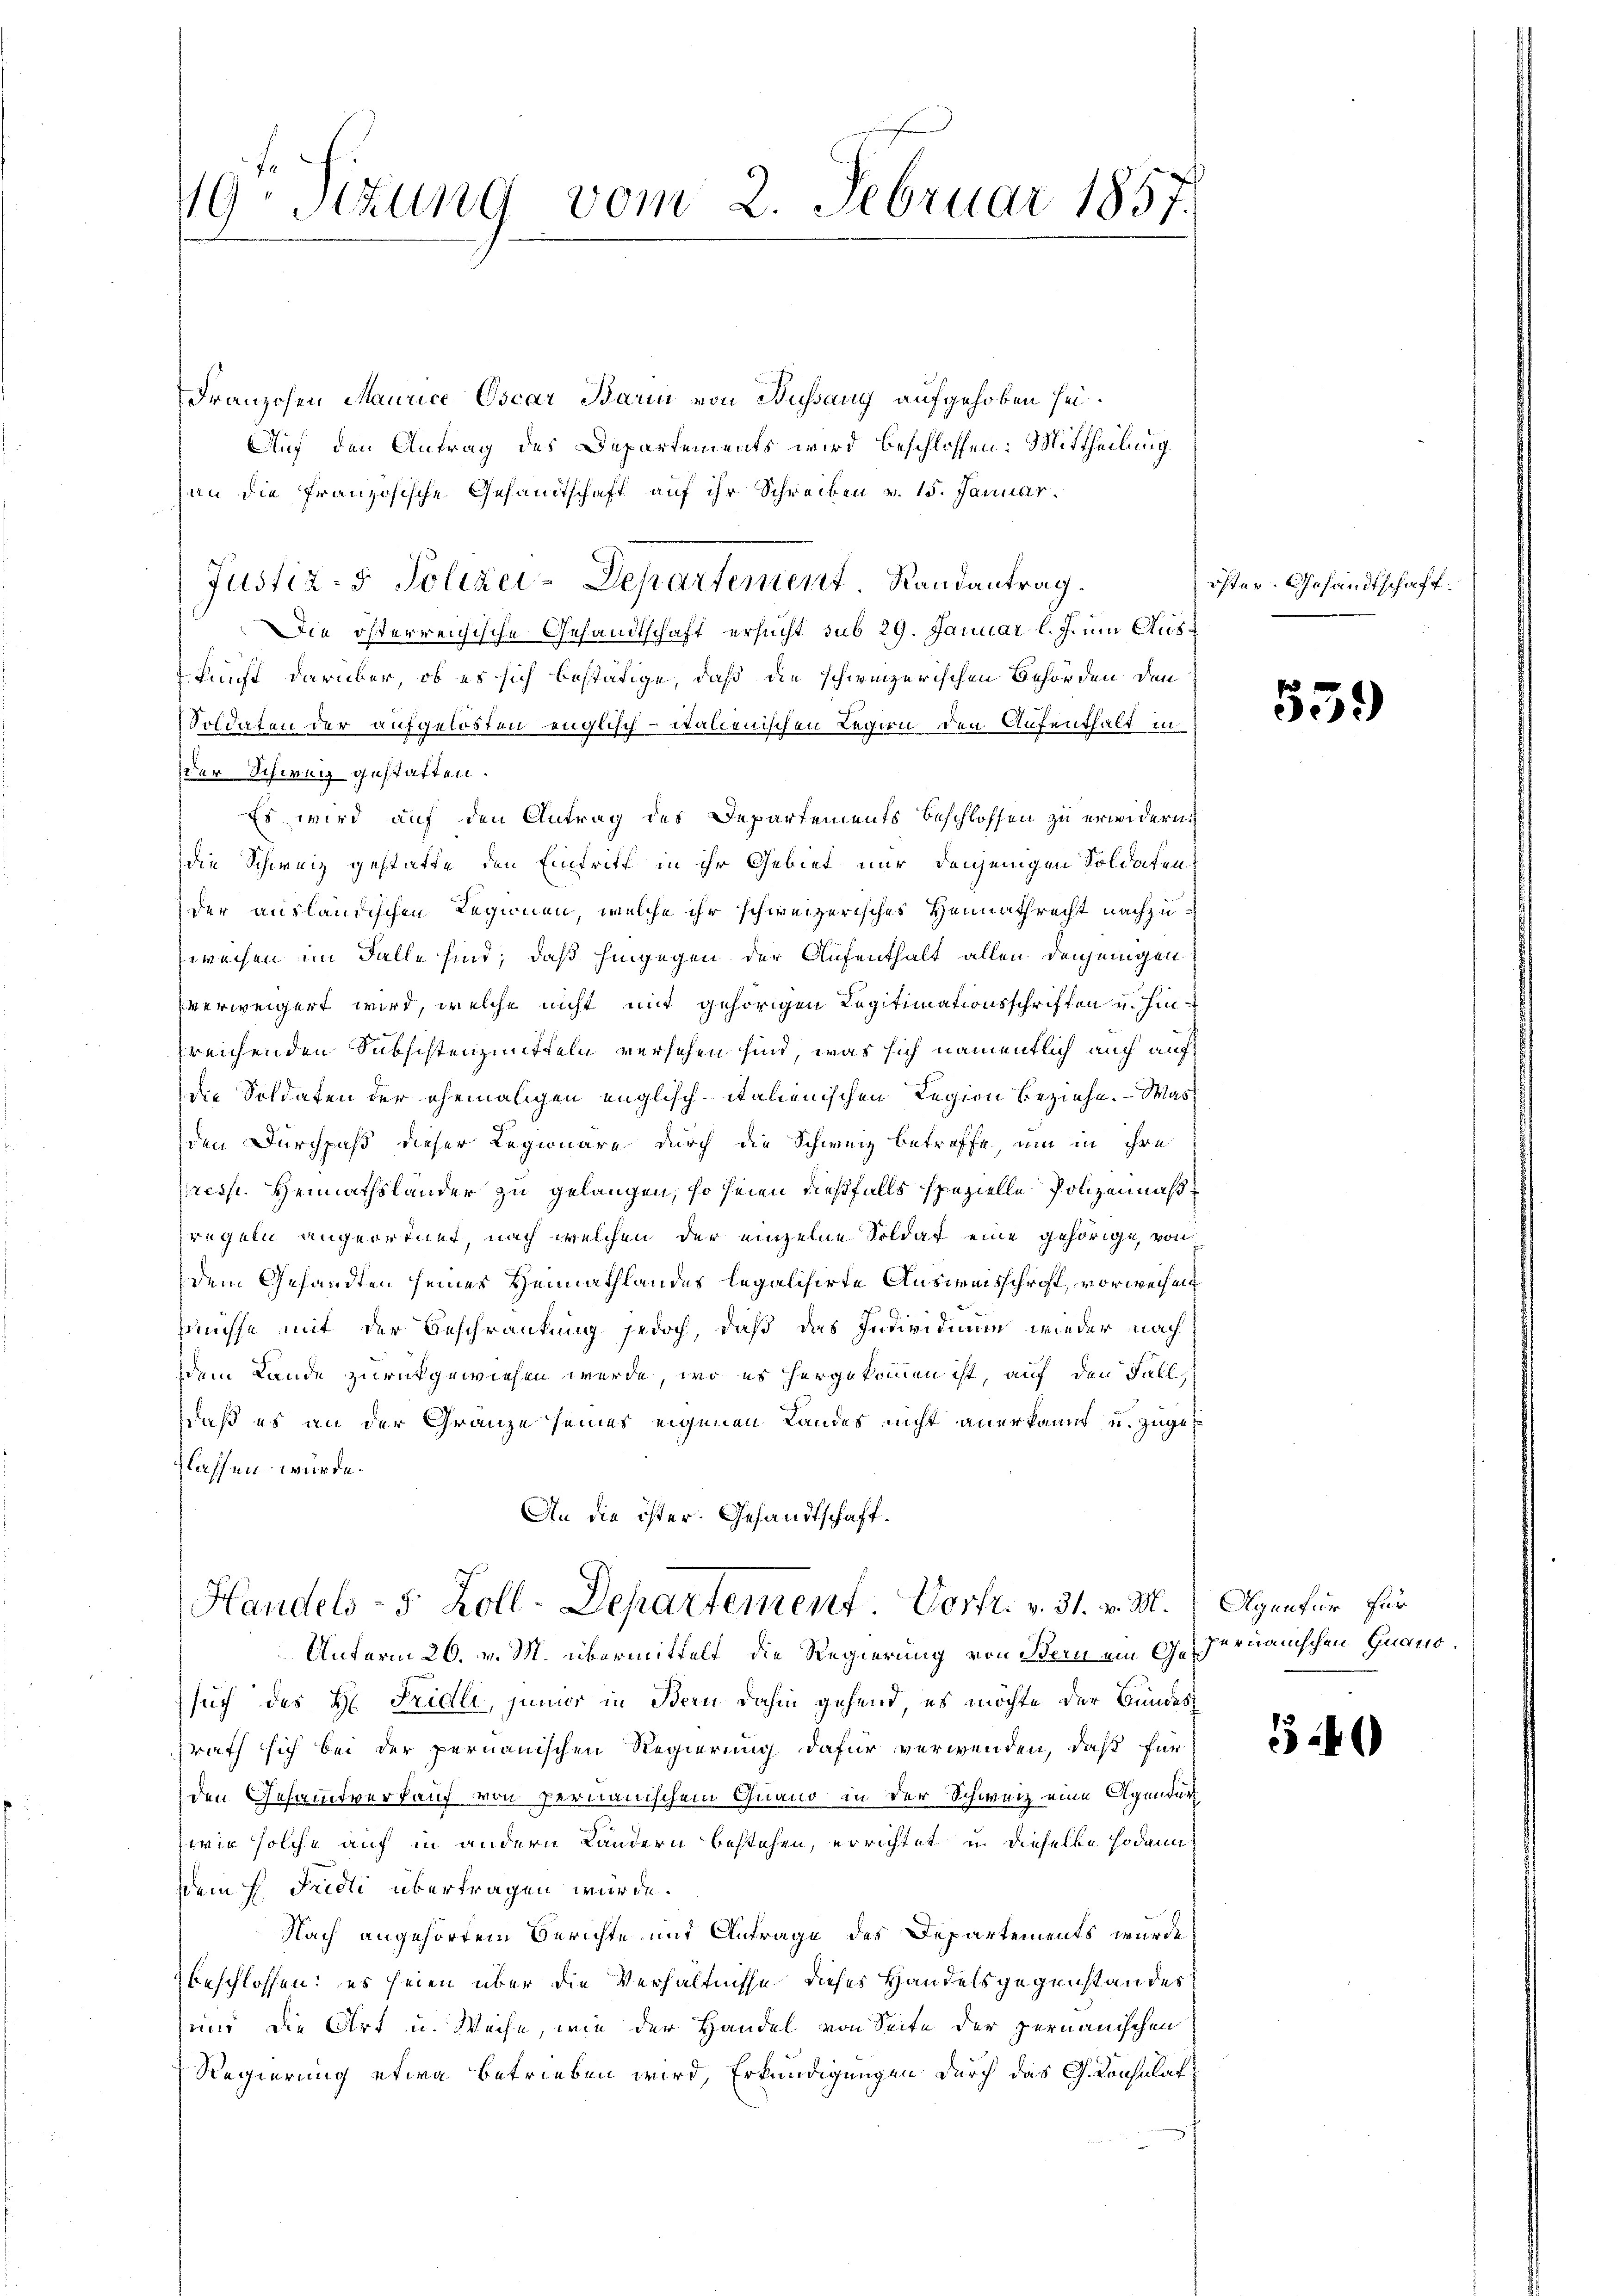
19. Sezung vom 2. Februar 1857.

Franzosen Maurice Oscar Barm von Bussang aufgehoben sei.
Auf den Antrag des Departements wird beschlossen: Mittheilung.
an die französische Gesandtschaft auf ihr Schreiben v. 15. Januar.
Justiz- & Polizei-Departement Randantrag.
Die österreichische Gesandtschaft ersucht sub 29. Januar l. J. um Auskunft darüber, ob es sich bestätige, daß die schweizerischen Behörden den
Soldaten der aufgelösten englisch-Italienischen Regien den Aufenthalt in
der Schweiz gestatten.
Es wird auf den Antrag des Departements Beschlossen zu erwidern.
die Schweiz gestatte, den Eintritt in ihr Gebiet nur denjenigen Soldaten
der ausländischen Regienen, welche ihr schweizerisches Heimathrecht nachzuweisen im Falle sind, daß hingegen der Aufenthalt allen denjenigen
verweigert wird, welche nicht mit gehörigen Legitimationsschriften u. hinsreichenden Subsistenzmitteln versehen sind, was sich namentlich auch auf
die Soldaten der ehemaligen englisch-italienischen Legion beziehe. - Was
den Durchpaß dieser Regionare durch die Schweiz betroffe, um in ihre
resst. Heimathsländer zu gelangen, so seien dießfalls spezielle Polzenmäßzregeln angeordnet, nach welchen der einzelne Soldat eine gehörige, von
dem Gesandten seines Heimathlandes legalisirte Ausweisschrift, vorweisen
üsse mit der Beschränkung jedoch, daß das Individium wieder nach
dem Lande zurückgewiesen werde, wo es hergekommen ist, auf den Fall,
daß es an der Gränze seines eigenen Landes nicht anerkannt u. zuges
Klassen würde.
An die öster. Gesandtschaft.
Handels- 5 Zoll-Departement Vorfr. v. 31. v. M. Agentur für
Unterm 26. v. M. übermittelt die Regierung von Bern ein Gehormanischen Quano.
such des H. Fridli, junior in Bern dahin gehend, es möchte der Bundes
rath sich bei der pernauischen Regierung dafür verwenden, daß für
den Gesamtverkauf von Pernauischem Quand in der Schweiz eine Agendung
wie solche auf in andern Landern bestehen, errichtet in dieselbe sodann
dem H. Fridli übertragen wurde.
Nach angehörtem Berichte und Antrage des Departements wurde
beschlossen; es seien über die Verhältnisse dieses Handelsgegenstandes
sund die Art u. Weise, wie der Handel von Seite der pernauischen
Regierung etwa betrieben wird, Erkundigungen durch das G. Consulat

öster. Gesandtschaft.

559)

54